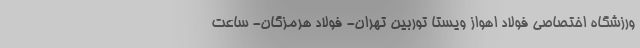
ورزشگاه اختصاصی فولاد اهواز ویستا توربین تهران- فولاد هرمزگان- ساعت